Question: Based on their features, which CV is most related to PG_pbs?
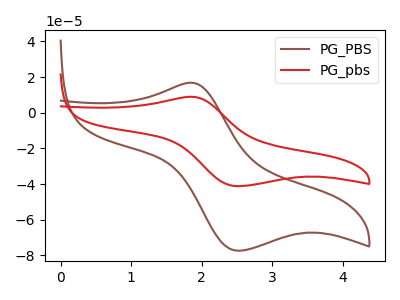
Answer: <think>The brown curve "PG_PBS" has an anodic peak at (1.85V, 16.85uA) and a cathodic peak at (2.55V, -77.35uA). The red curve "PG_pbs" has an anodic peak at (1.85V, 8.95uA) and a cathodic peak at (2.55V, -41.20uA).
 All the peaks in "PG_PBS" have a peak in "PG_pbs" at the same potential. Every peak in "PG_PBS" is higher than every peak in "PG_pbs".</think>
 <answer>The CV with the most similar shape to "PG_PBS" is "PG_pbs".</answer>
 <eval>"PG_pbs"</eval>